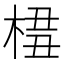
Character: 𣔖